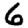
Digit: 6